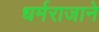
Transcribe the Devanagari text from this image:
धर्मराजाने